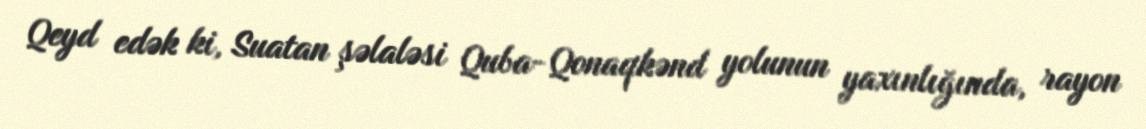
Qeyd edək ki, Suatan şəlaləsi Quba-Qonaqkənd yolunun yaxınlığında, rayon